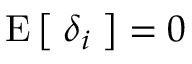
\operatorname { E } { \big [ } \; \delta _ { i } \; { \big ] } = 0